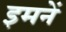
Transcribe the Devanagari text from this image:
इमनें